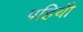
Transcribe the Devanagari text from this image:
पहियोें